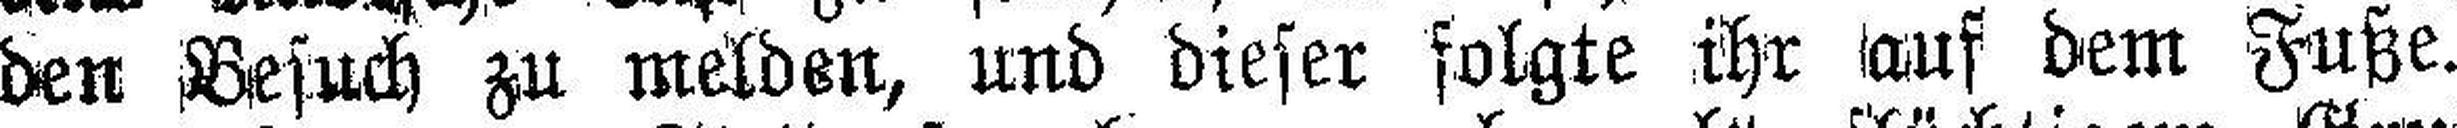
den Besuch zu melden, und dieser folgte ihr auf dem Fuße.